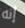
إنه